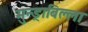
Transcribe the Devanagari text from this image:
मुन्ड्राबिल्ला